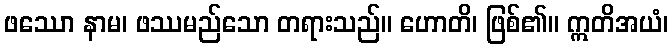
ဖဿော နာမ၊ ဖဿမည်သော တရားသည်။ ဟောတိ၊ ဖြစ်၏။ ဣတိအယံ၊